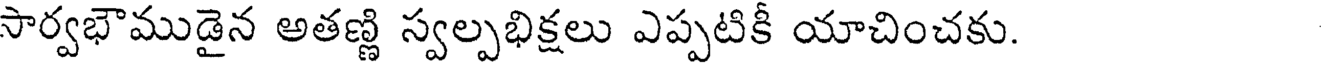
సార్వభౌముడైన అతణ్ణి స్వల్పభిక్షలు ఎప్పటికీ యాచించకు.